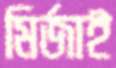
মির্জাই